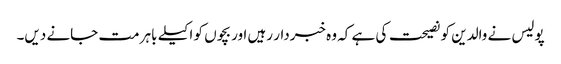
پولیس نے والدین کو نصیحت کی ہے کہ وہ خبردار رہیں اور بچوں کو اکیلے باہر مت جانے دیں۔